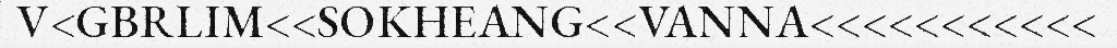
V<GBRLIM<<SOKHEANG<<VANNA<<<<<<<<<<<